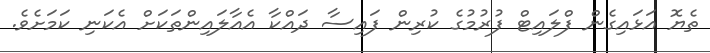
ތެޔޮ އަޅައިގެން ފްލައިޓް ފުރުމުގެ ކުރިން ފައިސާ ދައްކާ އެއާލައިންތަކަށް އެކަނި ކަމަށެވެ.